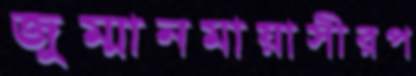
জুম্মানমায়াসীরপ